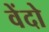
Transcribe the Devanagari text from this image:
वेंदो